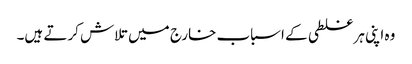
وہ اپنی ہر غلطی کے اسباب خارج میں تلاش کرتے ہیں۔